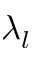
\lambda _ { l }